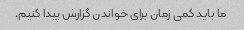
ما باید کمی زمان برای خواندن گزارش پیدا کنیم.